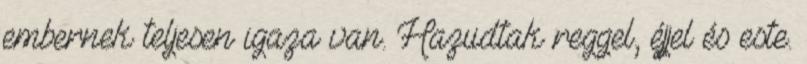
embernek teljesen igaza van. Hazudtak reggel, éjjel és este.